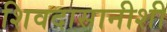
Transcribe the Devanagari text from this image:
शिवदासानीशी